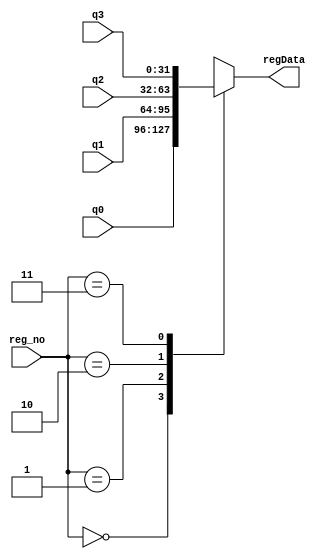
module mux4_1(regData,q0,q1,q2,q3,reg_no);

input [31:0] q0,q1,q2,q3;
input [1:0] reg_no;
output reg [31:0] regData;

always @(reg_no) begin
    case (reg_no)
                2'b00: 
                    regData = q0;
                2'b01: 
                    regData = q1;
                2'b10: 
                    regData = q2;
                2'b11: 
                    regData = q3;
            endcase
    end

endmodule